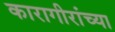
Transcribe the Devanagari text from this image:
कारागीरांच्या